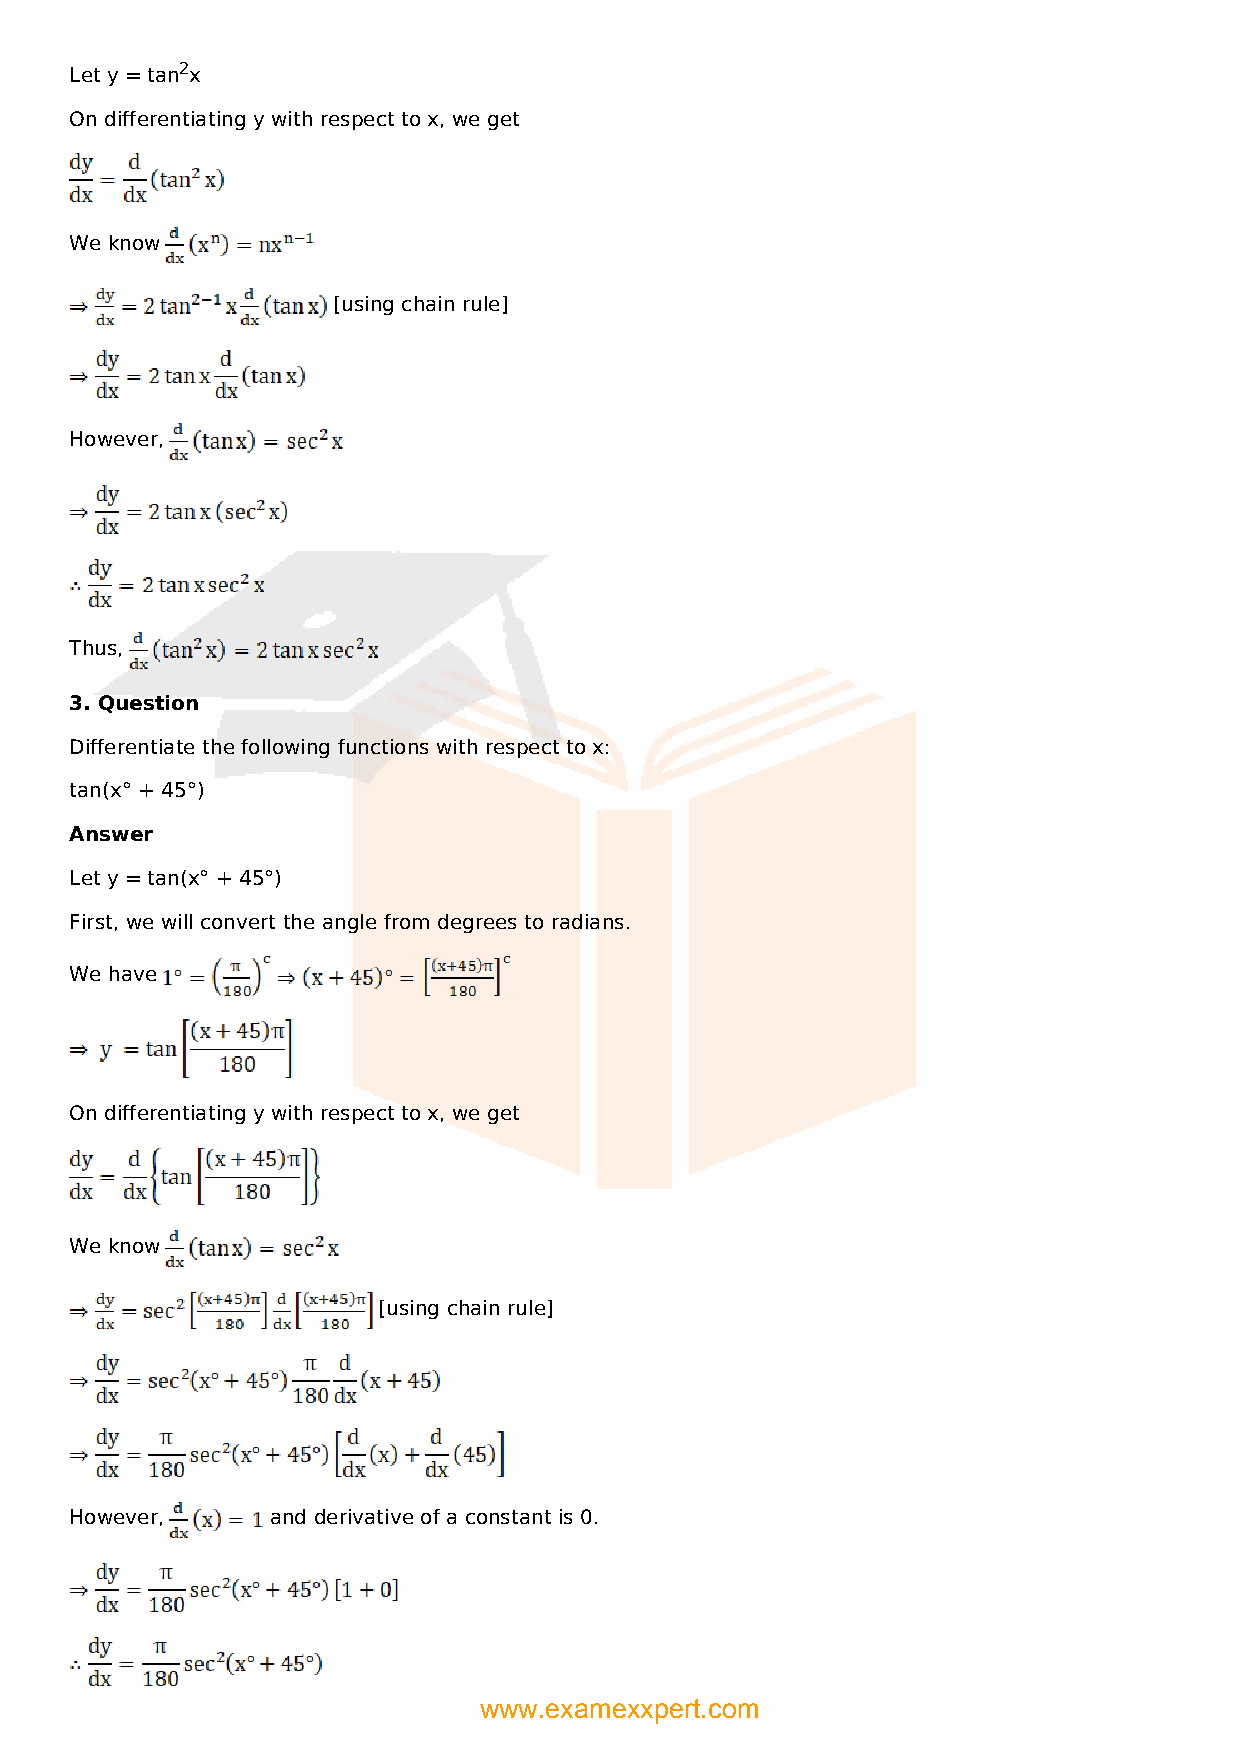
Let y = tan2x
 On differentiating y with respect to x, we get
 We know
 [using chain rule]
 However,
 Thus,
 3. Question
 Differentiate the following functions with respect to x:
 tan(x° + 45°)
 Answer
 Let y = tan(x° + 45°)
 First, we will convert the angle from degrees to radians.
 We have
 On differentiating y with respect to x, we get
 We know
 [using chain rule]
 However,     and derivative of a constant is 0.
 www.examexxpert.com